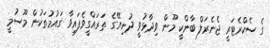
ގެ ސެކްރެޓަރީ ޖެނެރަލް ބާންކީ މޫން ވިދާޅުވީ ދުނިޔޭގެ ތަރައްގީވެފައިވާ ގައުމުތަކުން މޫސުމީ